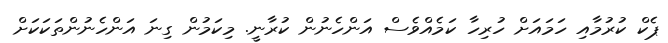
ޕެކް ކުރުމާއި ހަމައަށް ހުރިހާ ކަމެއްވެސް އަންހެނުން ކުރާނީ. މިކަމުން ގިނަ އަންހެނުންތަކަކަށް